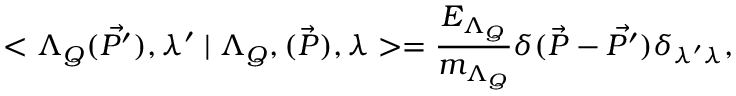
< \Lambda _ { Q } ( \vec { P ^ { \prime } } ) , { \lambda } ^ { \prime } \mid \Lambda _ { Q } , ( \vec { P } ) , { \lambda } > = \frac { E _ { \Lambda _ { Q } } } { m _ { \Lambda _ { Q } } } \delta ( \vec { P } - \vec { P ^ { \prime } } ) \delta _ { \lambda { ' } \lambda } ,